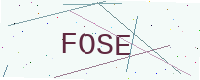
Text: FOSE